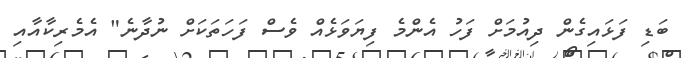
ބަޑި ފަޅައިގެން ދިއުމަށް ފަހު އެންމެ ފިޔަވަޅެއް ވެސް ފަހަތަކަށް ނުދާނެ" އެމެރިކާއާއި